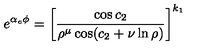
e ^ { \alpha _ { e } \phi } = \left[ { \frac { \cos { c _ { 2 } } } { \rho ^ { \mu } \cos ( { c _ { 2 } + \nu \ln \rho ) } } } \right] ^ { k _ { 1 } }